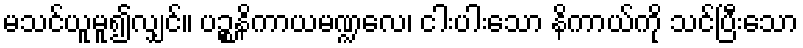
မသင်ယူမူ၍လျှင်။ ပဉ္စနိကာယမဏ္ဍလေ၊ ငါးပါးသော နိကာယ်ကို သင်ပြီးသော